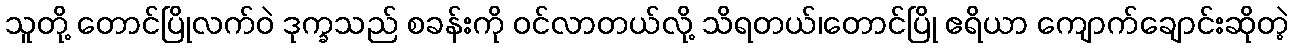
သူတို့ တောင်ပြိုလက်ဝဲ ဒုက္ခသည် စခန်းကို ဝင်လာတယ်လို့ သိရတယ်၊တောင်ပြို ဧရိယာ ကျောက်ချောင်းဆိုတဲ့